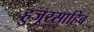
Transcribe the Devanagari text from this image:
हुजूरसाहिब